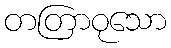
တတြာဝုသော